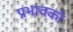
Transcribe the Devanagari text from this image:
प्रभावको